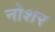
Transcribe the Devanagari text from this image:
नोशर